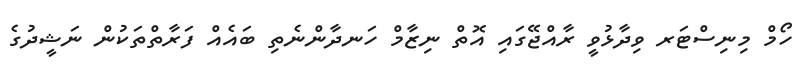
ހޯމް މިނިސްޓަރ ވިދާޅުވީ ރާއްޖޭގައި އޮތް ނިޒާމް ހަނދާންނެތި ބައެއް ފަރާތްތަކުން ނަޝީދުގެ